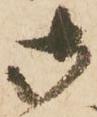
御